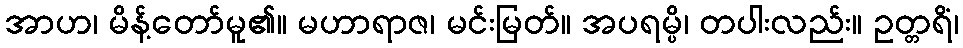
အာဟ၊ မိန့်တော်မူ၏။ မဟာရာဇ၊ မင်းမြတ်။ အပရမ္ပိ၊ တပါးလည်း။ ဥတ္တရိံ၊